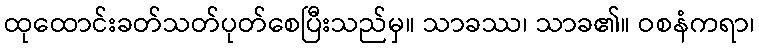
ထုထောင်းခတ်သတ်ပုတ်စေပြီးသည်မှ။ သာခဿ၊ သာခ၏။ ဝစနံကရာ၊